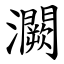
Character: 灍